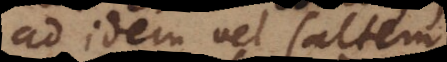
ad idem vel saltem